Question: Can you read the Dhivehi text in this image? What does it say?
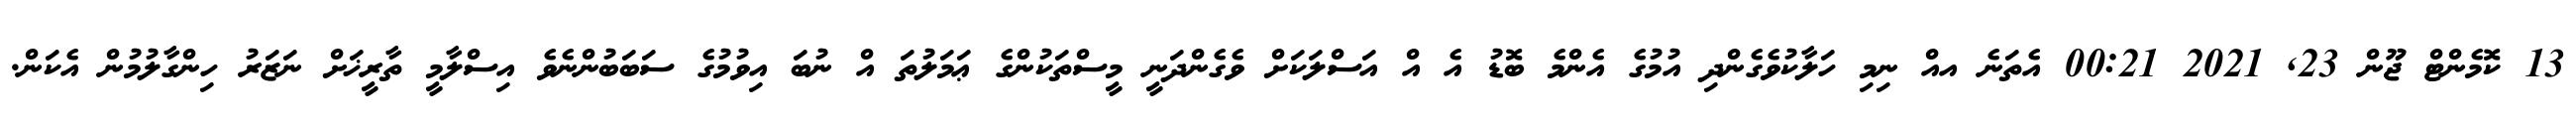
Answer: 13 ކޮމެންޓް ޖޫން 23, 2021 00:21 އެތަނެ އއް ނިމި ހަލާކުވެގެންދި އުމުގެ އެންމެ ބޮޑު އެ އް އަސްލަކަށް ވެގެންދަނީ މީސްތަކުންގެ ޢަމަލުތަ އް ނުބަ އިވުމުގެ ސަބަބުންނެވެ އިސްލާމީ ތާރީޚަށް ނަޒަރު ހިންގާލުމުން އެކަން.